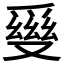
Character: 𤔪